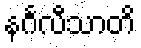
နင်္ဂလီသာတိ